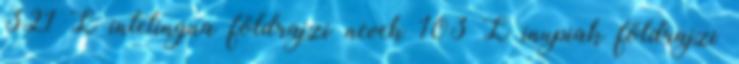
321 L intelingua földrajzi nevek‎ 103 L inupiak földrajzi